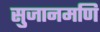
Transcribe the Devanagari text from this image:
सुजानमणि